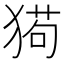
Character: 㺃